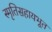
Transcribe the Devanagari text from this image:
स्मृतिसहायभूत